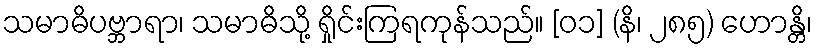
သမာဓိပဗ္ဘာရာ၊ သမာဓိသို့ ရှိုင်းကြရကုန်သည်။ [၀၁] (နိ၊ ၂၈၅) ဟောန္တိ၊